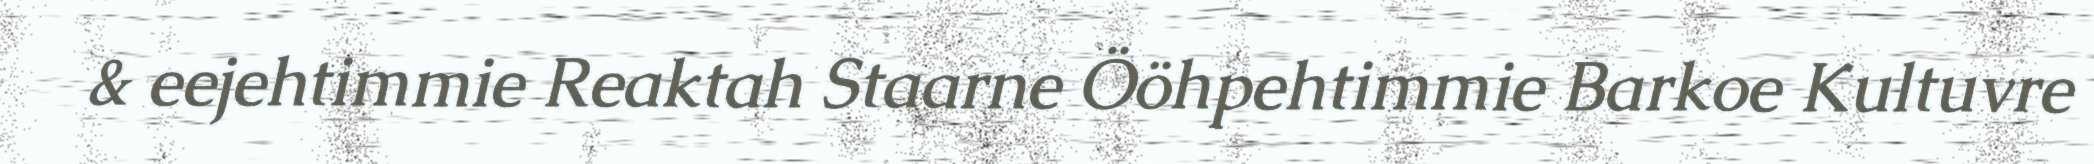
& eejehtimmie Reaktah Staarne Ööhpehtimmie Barkoe Kultuvre